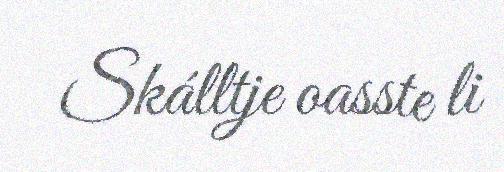
Skálltje oasste li